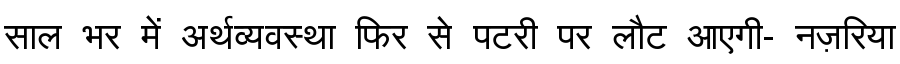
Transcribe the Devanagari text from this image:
साल भर में अर्थव्यवस्था फिर से पटरी पर लौट आएगी- नज़रिया